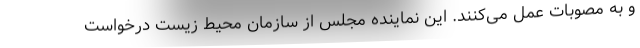
و به مصوبات عمل می‌کنند. این نماینده مجلس از سازمان محیط زیست درخواست